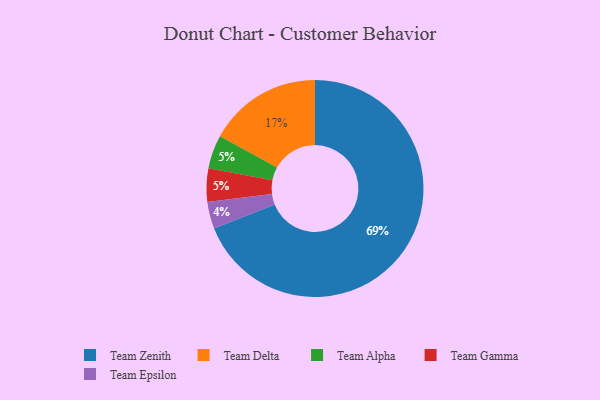
{"axis": {"x": "Category", "y": "Percentage"}, "legend": ["Team Alpha", "Team Delta", "Team Epsilon", "Team Gamma", "Team Zenith"], "data": [{"x": "Team Zenith", "y": 69, "type": "Team Zenith"}, {"x": "Team Delta", "y": 17, "type": "Team Delta"}, {"x": "Team Alpha", "y": 5, "type": "Team Alpha"}, {"x": "Team Epsilon", "y": 4, "type": "Team Epsilon"}, {"x": "Team Gamma", "y": 5, "type": "Team Gamma"}]}